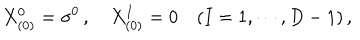
X _ { ( 0 ) } ^ { 0 } = \sigma ^ { 0 } \, , \quad X _ { ( 0 ) } ^ { I } = 0 \quad ( I = 1 , \cdots , D - 1 ) \, ,